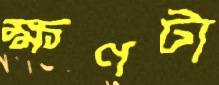
ক্ষণটা